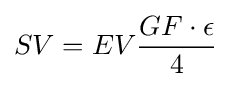
SV=EV{\frac {GF\cdot \epsilon }{4}}